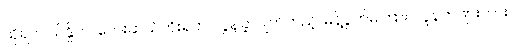
ထိုရပ်ဝယ်နှိုက်၊ လေးဆယ်ကိုးရက်၊ လွန်ခဲ့လျက်တည့်၊ မိန့်ပွက်မကြား၊ လူနတ်ဖျားကား၊